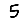
Digit: 5